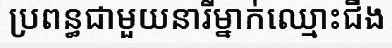
ប្រពន្ធជាមួយនារីម្នាក់ឈ្មោះជីង